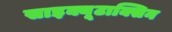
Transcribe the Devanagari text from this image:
साइक्यूटाक्सिन